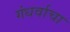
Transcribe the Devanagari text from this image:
गंधर्वाचा